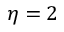
\eta = 2